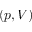
( p , V )